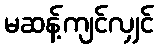
မဆန့်ကျင်လျှင်